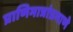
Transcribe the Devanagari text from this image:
प्राणिमात्रांप्रमाणे